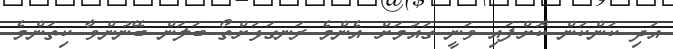
އަދި ކަންކަން ކޮށްފައި ވަނީ ގައުމަށް އެންމެ ރަނގަޅަށްތޯ ބަލަން ބޭނުންވާ ކިތަންމެ